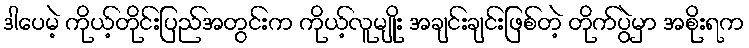
ဒါပေမဲ့ ကိုယ့်တိုင်းပြည်အတွင်းက ကိုယ့်လူမျိုး အချင်းချင်းဖြစ်တဲ့ တိုက်ပွဲမှာ အစိုးရက